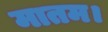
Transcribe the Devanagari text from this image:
मातम।